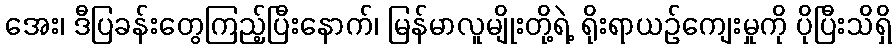
အေး၊ ဒီပြခန်းတွေကြည့်ပြီးနောက်၊ မြန်မာလူမျိုးတို့ရဲ့ ရိုးရာယဉ်ကျေးမှုကို ပိုပြီးသိရှိ